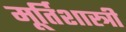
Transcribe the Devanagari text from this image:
मूर्तिशास्त्री